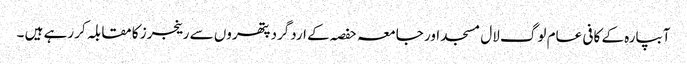
آبپارہ کے کافی عام لوگ لال مسجد اور جامعہ حفصہ کے اردگرد پتھروں سے رینجرز کا مقابلہ کر رہے ہیں ۔